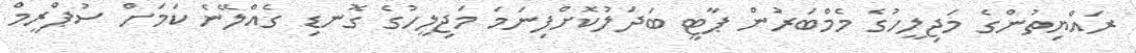
ރައްޔިތުންގެ މަޖިލީހުގެ މެމްބަރުން ޕާޓީ ބަދަލުކޮށްފިނަމަ މަޖިލީހުގެ ގޮނޑި ގެއްލޭނެ ކަމަށް ސުޕްރީމް